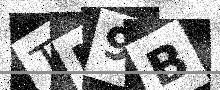
Text: TN9B